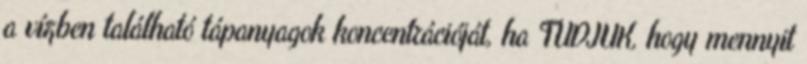
a vízben található tápanyagok koncentrációját, ha TUDJUK, hogy mennyit